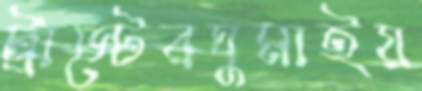
ট্রাস্টেরঘুমাইয়